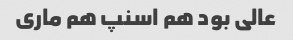
عالی بود هم اسنپ هم ماری